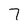
Character: 7